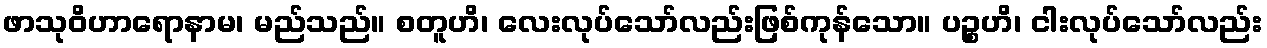
ဖာသုဝိဟာရောနာမ၊ မည်သည်။ စတူဟိ၊ လေးလုပ်သော်လည်းဖြစ်ကုန်သော။ ပဉ္စဟိ၊ ငါးလုပ်သော်လည်း